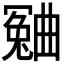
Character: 𣍍